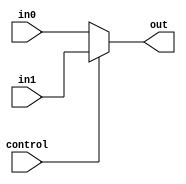
 module MUL5
(
    input control,
    input [4:0] in0,
    input [4:0] in1,
    output [4:0] out
);

    assign out = control ? in1 : in0;

endmodule